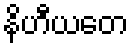
နိဟီယတေ